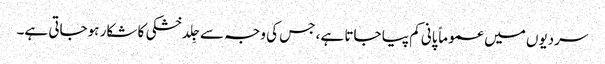
سردیوں میں عموماً پانی کم پیا جاتا ہے، جس کی وجہ سے جِلد خشکی کا شکار ہوجاتی ہے۔